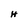
Character: H